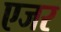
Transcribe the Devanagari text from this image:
एजर